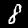
Label: 8